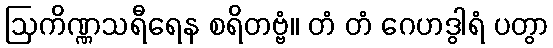
ဩကိဏ္ဏသရီရေန စရိတဗ္ဗံ။ တံ တံ ဂေဟဒွါရံ ပတွာ